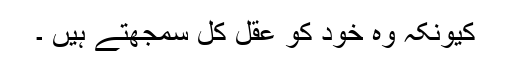
کیونکہ وہ خود کو عقلِ کُل سمجھتے ہیں ۔